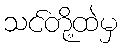
သင်တို့ထဲမှ